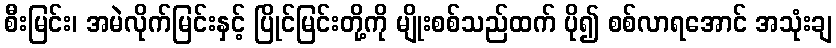
စီးမြင်း၊ အမဲလိုက်မြင်းနှင့် ပြိုင်မြင်းတို့ကို မျိုးစစ်သည်ထက် ပို၍ စစ်လာရအောင် အသုံးချ